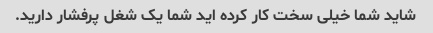
شاید شما خیلی سخت کار کرده اید شما یک شغل پرفشار دارید.